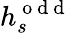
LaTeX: h_{s}^{\mathrm{~o~d~d~}}